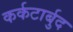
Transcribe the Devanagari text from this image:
कर्कटार्बुद